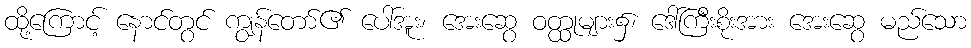
ထို့ကြောင့် နောင်တွင် ကျွန်တော်၏ ပေါ်အူး၊ အေးဆွေ ဝတ္ထုများ၌၊ ဒေါ်ကြီးစိုးအား အေးဆွေ မည်သော